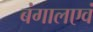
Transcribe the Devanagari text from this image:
बंगालएवं